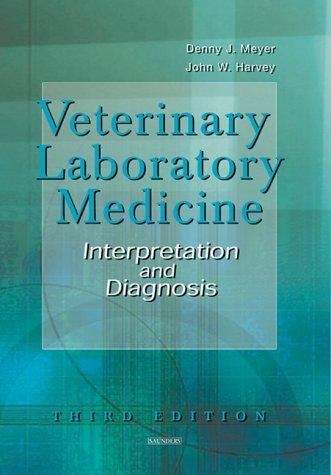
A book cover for Veterinary Laboratory Medicine: Interpretation and Diagnosis, 3e; Denny Meyer DVM  DACVIM  DACVP; Medical Books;